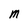
Character: M